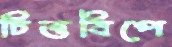
চিত্তবিপে